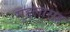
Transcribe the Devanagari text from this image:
मुद्दलासह